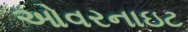
ઓવરનાઇટ